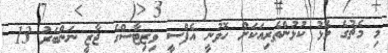
މި މެޗުގެ މޮޅު ކުޅުންތެރިއަކަށް ހޮވުނީ އެފްސީ ވިޒިޓާސްގެ ޖާޒީ ނަންބަރު 13